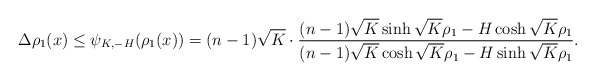
\begin{align*}\Delta \rho_1(x) \leq \psi_{K,-H} (\rho_1(x))= (n-1)\sqrt K\cdot\frac{(n-1)\sqrt K\sinh\sqrt K\rho_1 -H\cosh\sqrt K\rho_1}{(n-1)\sqrt K\cosh\sqrt K\rho_1 -H\sinh\sqrt K\rho_1}.\end{align*}